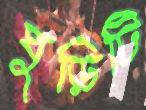
ঘুড়িটি